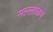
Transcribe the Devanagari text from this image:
मल्लाळम